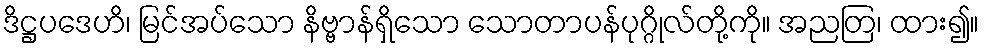
ဒိဋ္ဌပဒေဟိ၊ မြင်အပ်သော နိဗ္ဗာန်ရှိသော သောတာပန်ပုဂ္ဂိုလ်တို့ကို။ အညတြ၊ ထား၍။